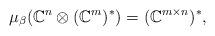
LaTeX: \begin{align*}\mu_\beta(\mathbb{C}^n\otimes (\mathbb{C}^m)^*)=(\mathbb{C}^{m\times n})^*,\end{align*}